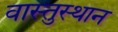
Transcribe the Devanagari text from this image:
वास्तुस्थान